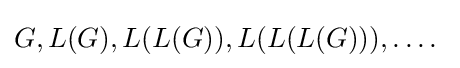
G,L(G),L(L(G)),L(L(L(G))),\dots .\